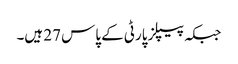
جبکہ پیپلز پارٹی کے پاس 27 ہیں۔